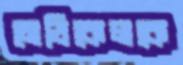
মেডিকেলকে